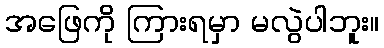
အဖြေကို ကြားရမှာ မလွဲပါဘူး။